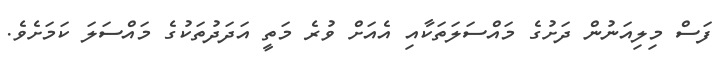
ފަސް މިލިއަނުން ދަށުގެ މައްސަލަތަކާއި އެއަށް ވުރެ މަތީ އަދަދުތަކުގެ މައްސަލަ ކަމަށެވެ.